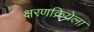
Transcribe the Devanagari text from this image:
क्षरणक्रियेला